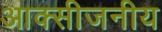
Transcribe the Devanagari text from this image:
आक्सीजनीय